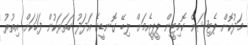
މަދުކޮށް ޕެޓިޝަން ކޮމިޓީން ޕީޕީއެމަށް ލިބޭ ގޮނޑީގެ އަދަދު ހަތަރަކުން ފަހަކަށް އިތުރު